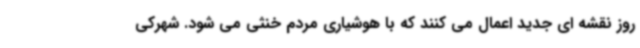
روز نقشه ای جدید اعمال می کنند که با هوشیاری مردم خنثی می شود. شهرکی